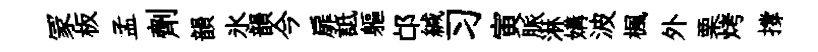
冡板孟劑韻氷韻今扉詆軀邙緘习寅脈淋媾波楓外栗烤撐